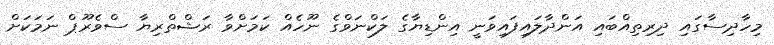
މިހާދިސާގައި ދިރިތިއްބައި އަންދާލައިފައިވަނީ އިންޑިޔާގެ ލަކްނަވްގެ ނޫހެއް ކަމަށްވާ ރަޝްތްރިޔާ ސްވެރޫޕް ނަމަކަށް